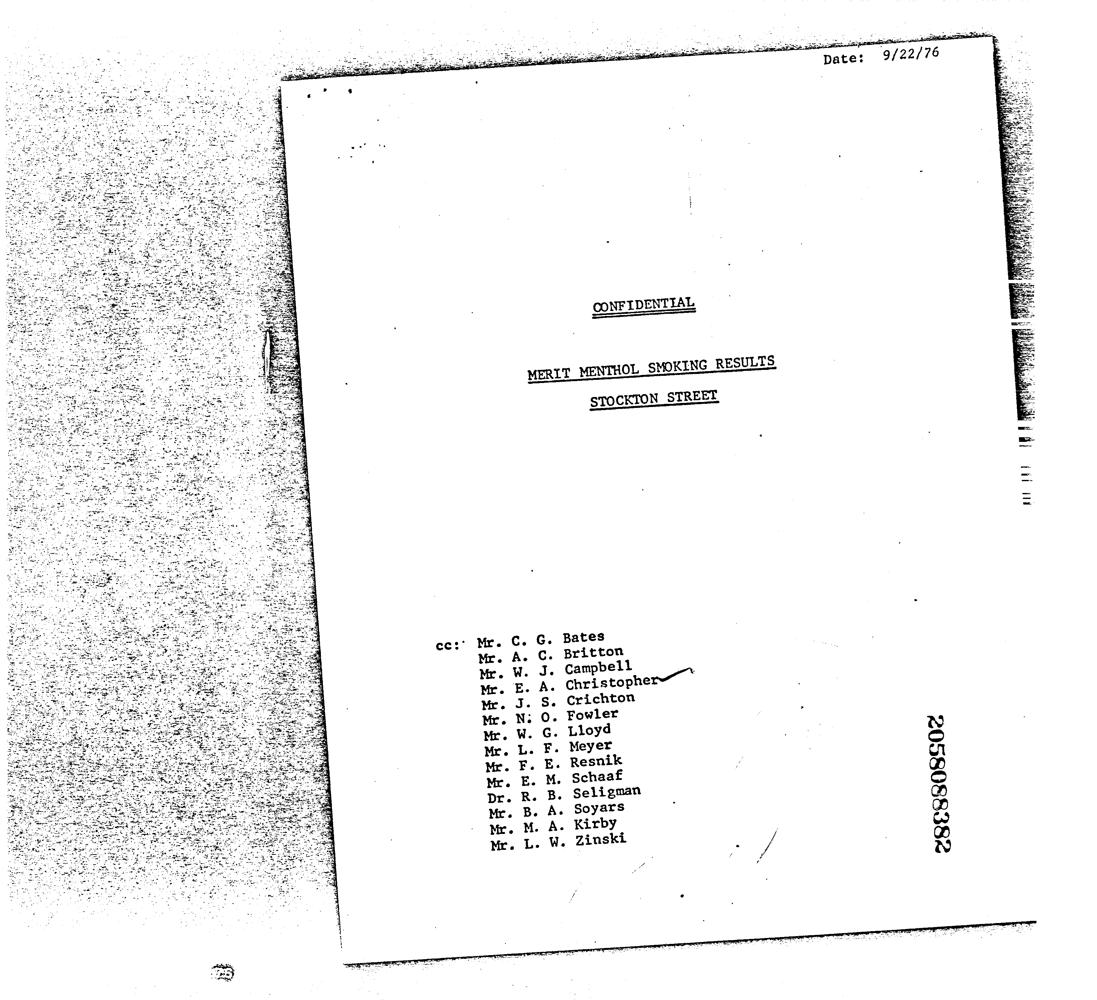
MERLT MENTHOL SMOKING RESULTS
 Christophe
 Crichton
 0. Fowler
 Campbell
 G. Lloyd
 Bates
 Britton
 Cc.
 E. A.
 Ss.
 058088
 382
 & \
 “uno od
 ed 3 OOH Da
 Of Geri GO n
 m0 Go DH G
 oy O 0 Oefted
 senna. n
 EaBadas
 ipwaasa
 HHEAEES